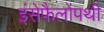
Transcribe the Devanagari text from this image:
इंसेफैलोपथी